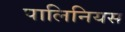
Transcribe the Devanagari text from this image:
पालिनियस